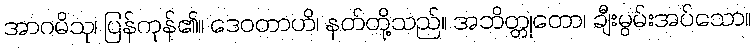
အာဂမိသု၊ ပြန်ကုန်၏။ ဒေဝတာဟိ၊ နတ်တို့သည်။ အဘိတ္တုတော၊ ချီးမွမ်းအပ်သော။